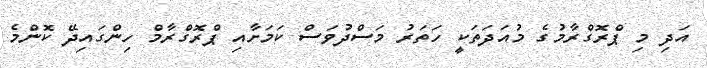
އަދި މި ޕްރޮގްރާމުގެ މުއަދަތަކީ ހަތަރު މަސްދުވަސް ކަމަށާއި ޕްރޮގްރާމް ހިންގައިދޭ ކޮންމެ